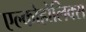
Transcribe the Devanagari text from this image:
एल्कोहोलिक्स